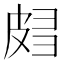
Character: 𰤧